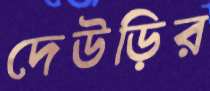
দেউড়ির